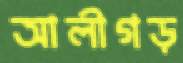
আলীগড়